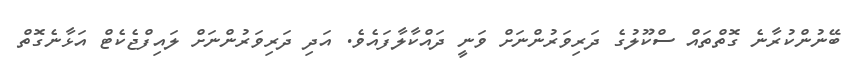
ބޭނުންކުރާނެ ގޮތްތައް ސްކޫލުގެ ދަރިވަރުންނަށް ވަނީ ދައްކާލާފައެވެ. އަދި ދަރިވަރުންނަށް ލައިފްޖެކެޓް އަޅާނެގޮތް